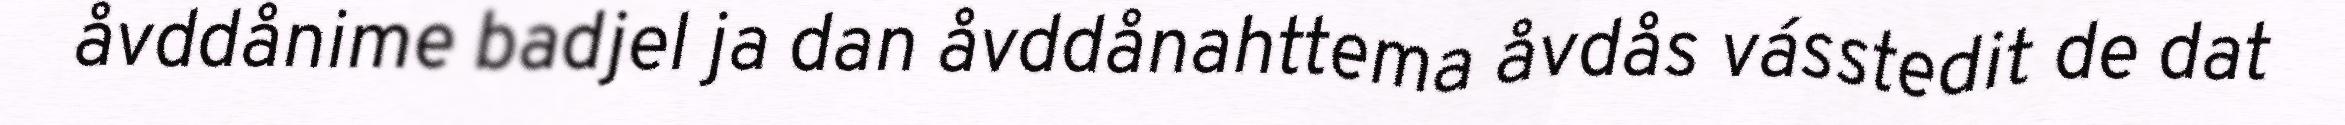
åvddånime badjel ja dan åvddånahttema åvdås vásstedit de dat